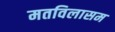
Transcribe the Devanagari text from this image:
मतविलासम